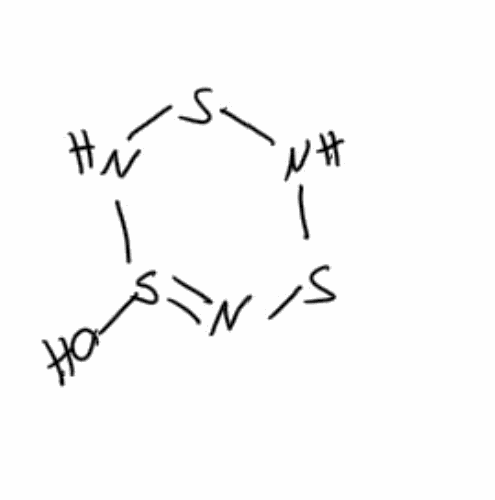
Simplified molecular-input line-entry system (SMILES) notation of the given molecule:
N1SNS(=NS1)O